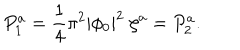
P _ { 1 } ^ { a } = { \frac { 1 } { 4 } } \pi ^ { 2 } | \phi _ { 0 } | ^ { 2 } \; \zeta ^ { a } = P _ { 2 } ^ { a } .